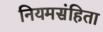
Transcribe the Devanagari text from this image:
नियमसंहिता